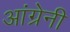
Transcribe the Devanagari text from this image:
आंग्रेनी